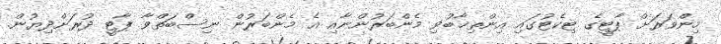
މިންވަރަށް ޕާޓީގެ ޓިކެޓުގައި އިންތިޚާބުވި މެންބަރުންނާއި އެ މެންބަރުން ނިސްބަތްވާ ޕާޓީ ދުރަށްދިޔުން.